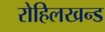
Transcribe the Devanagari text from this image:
रोहिलखन्ड